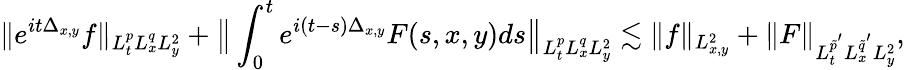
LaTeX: \| e^{it\Delta_{x,y}}f\| _{L_{t}^{p}L_{x}^{q}L_{y}^{2}}+\big\| \int_{0}^{t}e^{i(t-s)\Delta_{x,y}}F(s,x,y)ds\big\| _{L_{t}^{p}L_{x}^{q}L_{y}^{2}}\lesssim\| f\| _{L_{x,y}^{2}}+\| F\| _{L_{t}^{\tilde{p}^{'}}L_{x}^{\tilde{q}^{'}}L_{y}^{2}},